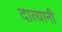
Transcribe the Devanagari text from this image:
दात्यानी